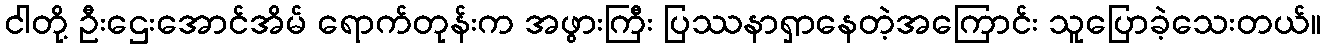
ငါတို့ ဦးဌေးအောင်အိမ် ရောက်တုန်းက အဖွားကြီး ပြဿနာရှာနေတဲ့အကြောင်း သူပြောခဲ့သေးတယ်။